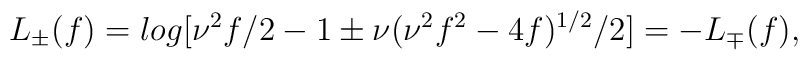
L_{\pm}(f)=log[\nu^2f/2-1\pm\nu(\nu^2f^2-4f)^{1/2}/2]=-L_{\mp}(f),